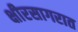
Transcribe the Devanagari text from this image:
क्षीरसागरात